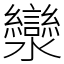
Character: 灓